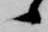
候